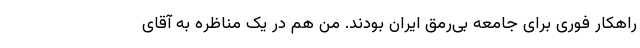
راهکار فوری برای جامعه بی‌رمق ایران بودند. من هم در یک مناظره به آقای